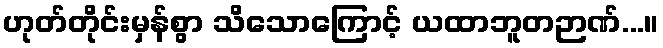
ဟုတ်တိုင်းမှန်စွာ သိသောကြောင့် ယထာဘူတဉာဏ်...။